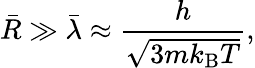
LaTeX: {\bar{R}}\gg{\bar{\lambda}}\approx{\frac{h}{\sqrt{3mk_{\mathrm{{B}}}T}}},